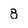
Character: 8